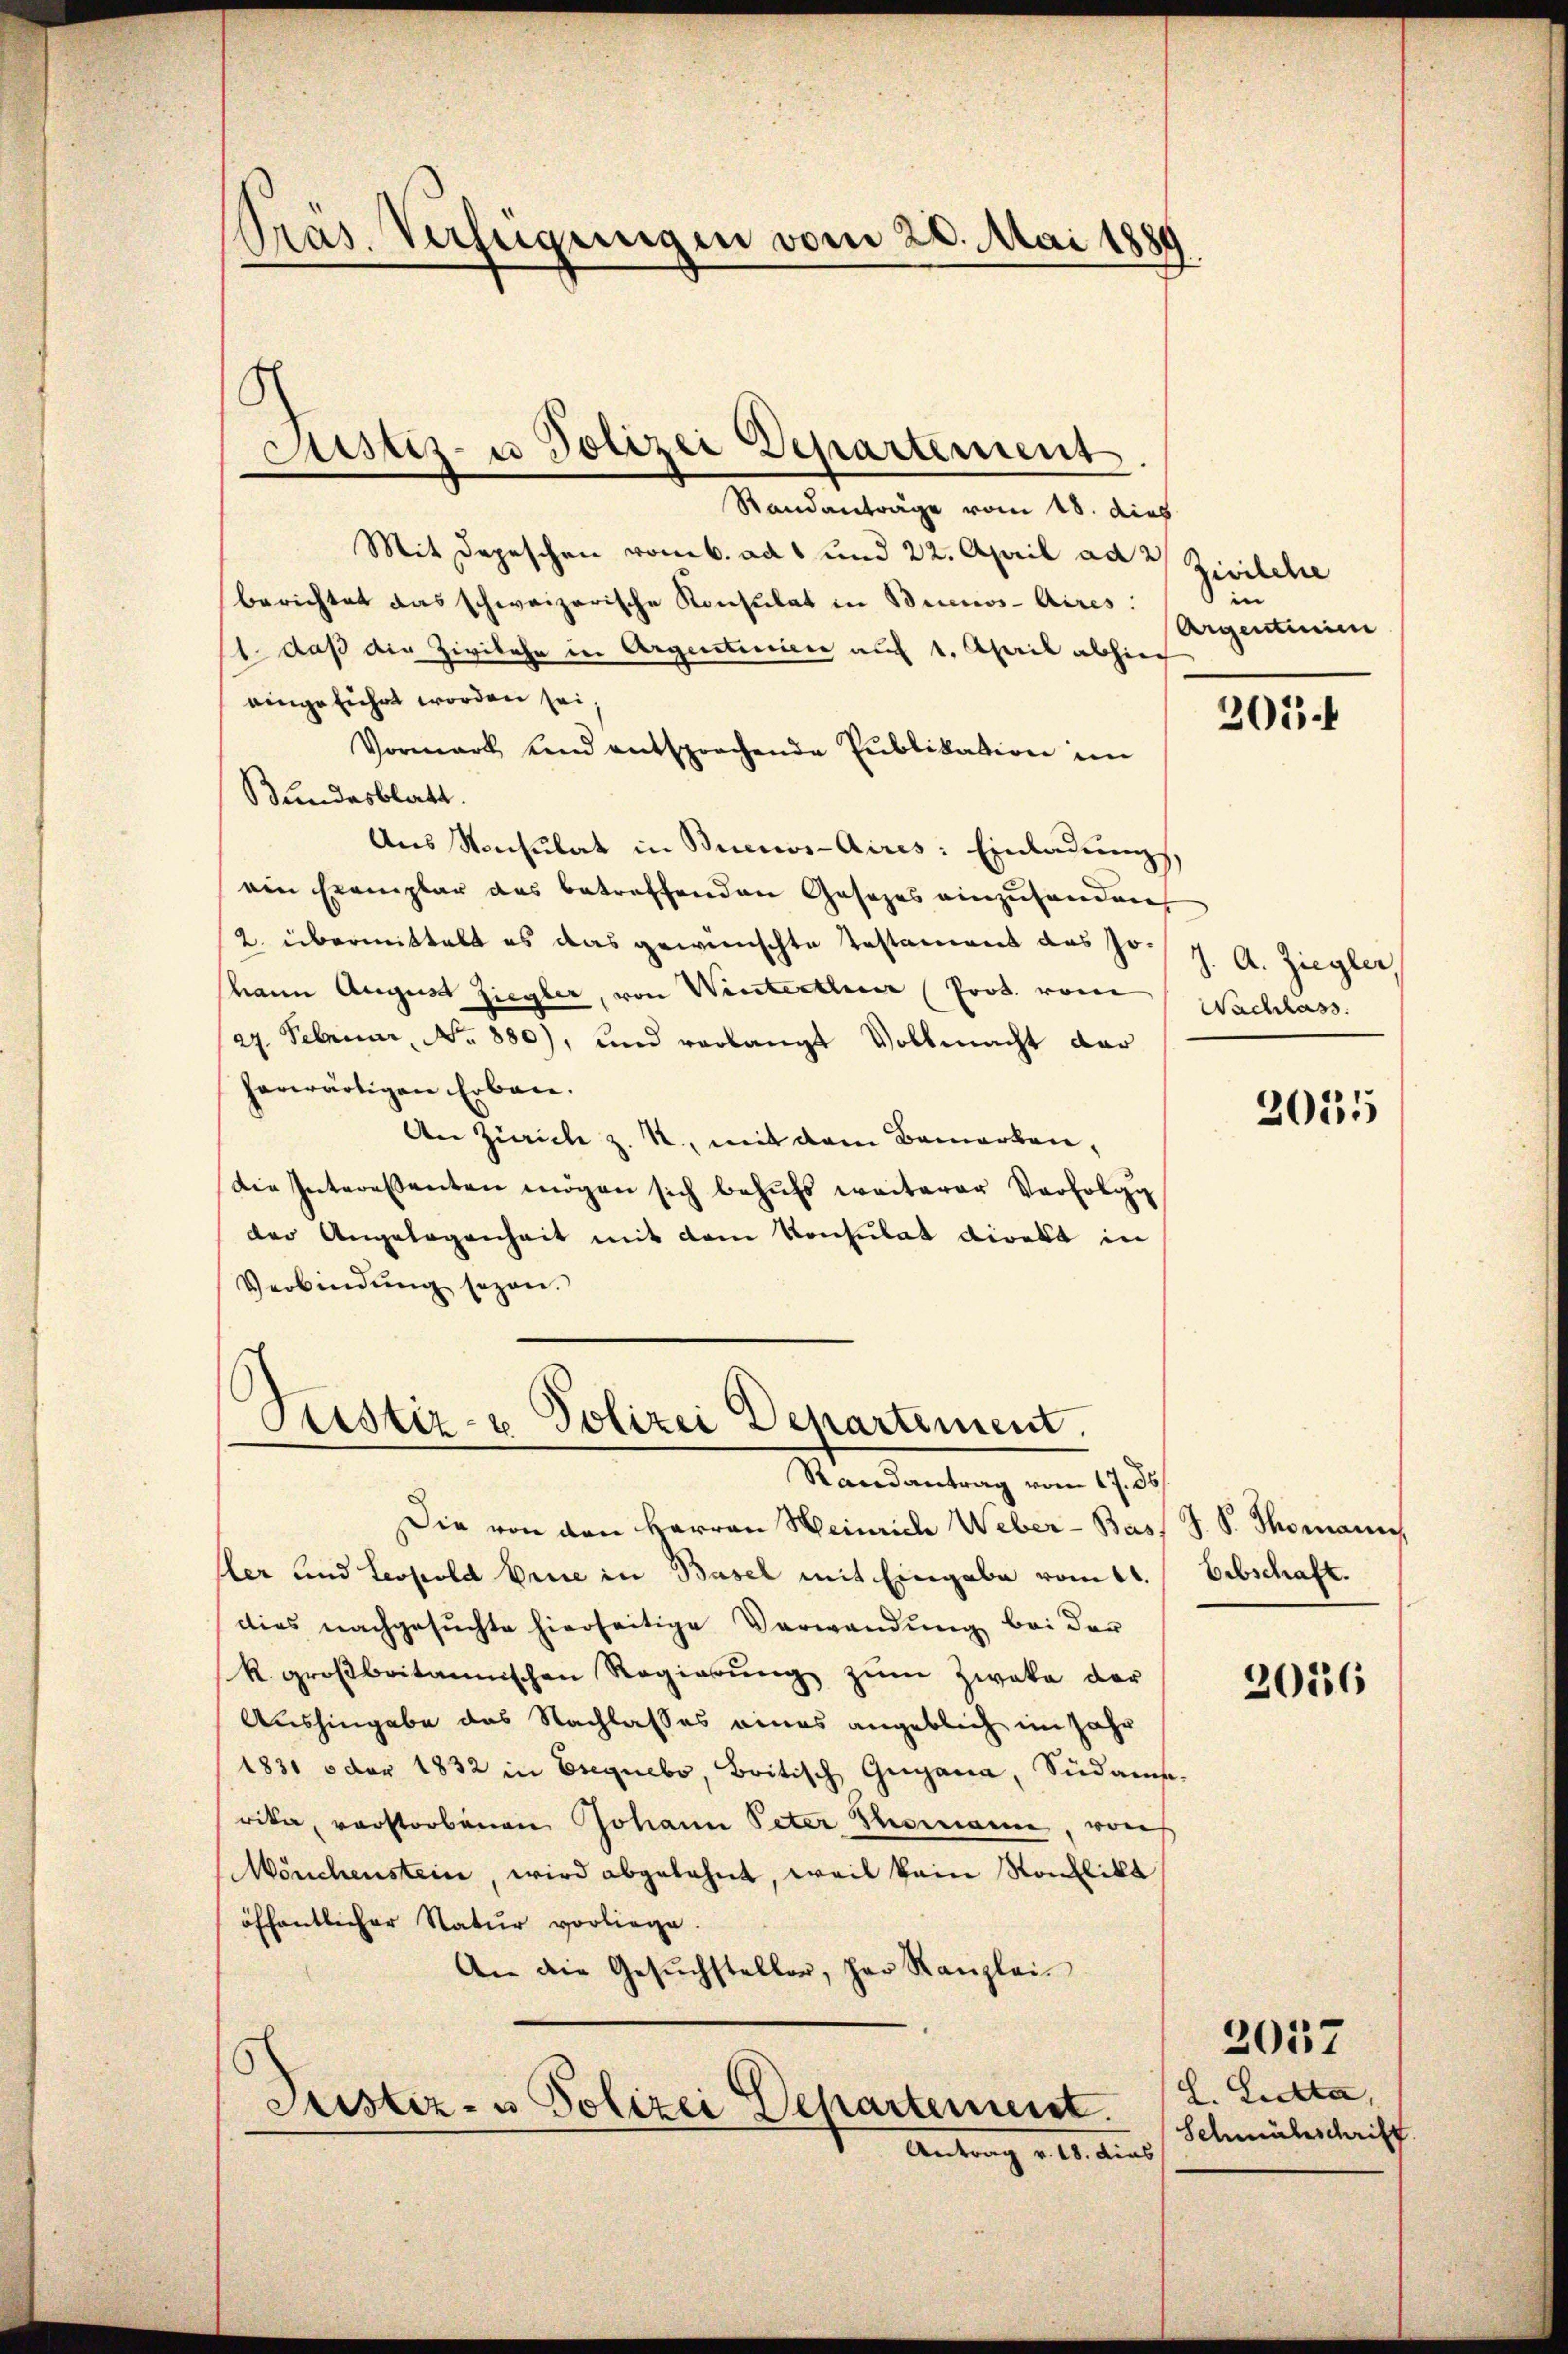
Pras. Verfügungen vom 20. Mai 1889

8
Justiz- u Polizei Departement

Standanträge vom 18. dies
Mit Depeschen vom 6. ad 1 und 22. April ad 2. Zivilehe
berichtet das schweizerische Konsulat in Buenos-Aires.
1. daß die Zivilehe in Argentinien auf 1. April abhin
eingeführt worden sei.
Vormark und entsprachende Publikation im
Bundesblatt.
Aus Konsulat in Buenos-Aires: Einladung,
von Exemplar das betreffenden Gesezes einzuhandent
2. übermittelt es das gewünschte Testament des J. J. A. Ziegler
hann August Ziegler, von Winterthur (Prot. vom Nachlass
/27. Februar, No. 880), und verlangt Vollmacht dar
herwärtigen Erben.
An Zürich z. R., mit dem Bemerken,
Die Interessanten mögen sich behŭfs weiterer Verfolg
der Angelegenheit mit dem Konsulat direkt in
Verbindung sezen.

Pristir- u Polizei Departement.
Randantrag vom 17. 36

Die von den Herren Heinrich Weber-Bass S. S. Thomann
sler und Leopold Erde in Basel mit Eingabe vom 11.
dies nachgesuchte hierseitige Verwendung bei der
R. großbritannischen Regierŭng zŭm Zweka der
Aushingabe das Nachlasses eines angeblich im Jahr
1831 oder 1832 in Eseguebo, Britisch Gigana, Südame.
rika, verstorbenen Johann Peter Thomanne, von
Mönchenstein, wird abgelehnt, weil kein Konflikt
öffentlicher Natur vorliege.
An die Gesŭchsteller, her Kanzlei
Justiz- u Polizei Departement.
Antrag d. 1. dies

n
Argenturie

205.

2055

Erbschaft.

2056

L. Ludta,
Schmähschrift.

2057